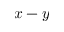
x - y